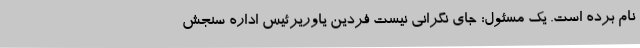
نام برده است. یک مسئول: جای نگرانی نیست فردین یاوریرئیس اداره سنجش